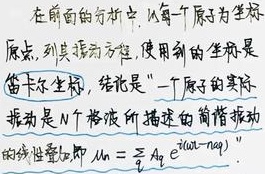
在前面的分析中，从每个原子为坐标原点，到其振动方程，使用到的坐标是笛卡尔坐标，结论是：一个原子的实际振动是 \(N\) 个格波所描述的简谐振动的线性叠加，即
\[
u_{n}=\sum_{q} A_{q} e^{i(\omega t - \alpha q)}
\]